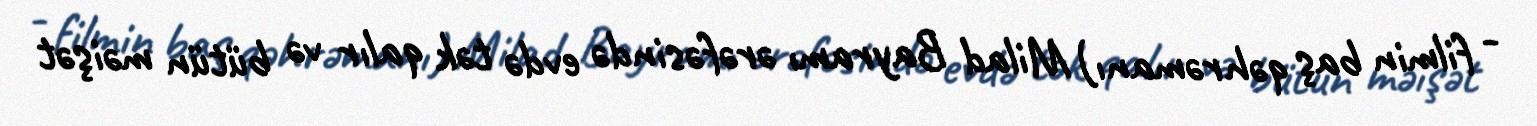
- filmin baş qəhrəmanı) Milad Bayramı ərəfəsində evdə tək qalır və bütün məişət